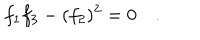
LaTeX: f _ { 1 } f _ { 3 } - ( f _ { 2 } ) ^ { 2 } = 0 \quad .